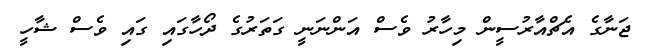
ޖަނާގެ އެޗްއާރުސީން މިހާރު ވެސް އަންނަނީ ގަތަރުގެ ދޯހާގައި ގައި ވެސް ޝާހީ